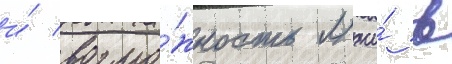
и́ возмо́жность лжи́ в